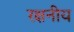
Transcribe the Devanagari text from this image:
रक्षनीय